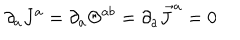
LaTeX: \partial _ { a } J ^ { a } = \partial _ { a } \Theta ^ { a b } = \partial _ { a } \vec { J } ^ { a } = 0